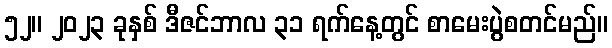
၅၂။ ၂၀၂၃ ခုနှစ် ဒီဇင်ဘာလ ၃၁ ရက်နေ့တွင် စာမေးပွဲစတင်မည်။